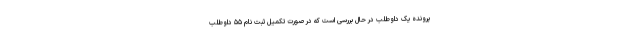
پرونده یک داوطلب در حال بررسی است که در صورت تکمیل ثبت نام ۵۵ داوطلب